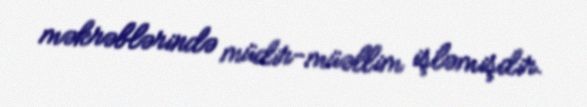
məkrəblərində müdir-müəllim işləmişdir.